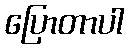
ပြောတာပါ